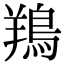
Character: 鴹